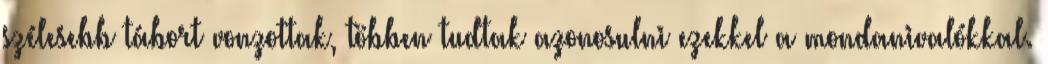
szélesebb tábort vonzottak, többen tudtak azonosulni ezekkel a mondanivalókkal.